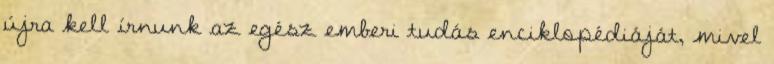
újra kell írnunk az egész emberi tudás enciklopédiáját, mivel